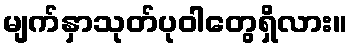
မျက်နှာသုတ်ပုဝါတွေရှိလား။